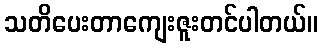
သတိပေးတာကျေးဇူးတင်ပါတယ်။